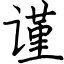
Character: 谨